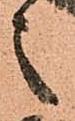
之